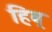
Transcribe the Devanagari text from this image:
हिब्